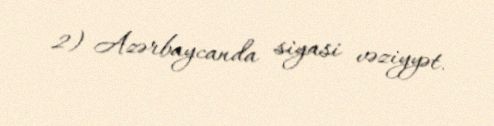
2) Azərbaycanda siyasi vəziyyət.